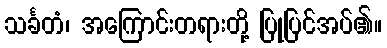
သင်္ခတံ၊ အကြောင်းတရားတို့ ပြုပြင်အပ်၏။